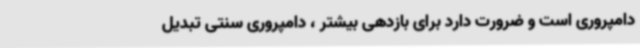
دامپروری است و ضرورت دارد برای بازدهی بیشتر ، دامپروری سنتی تبدیل